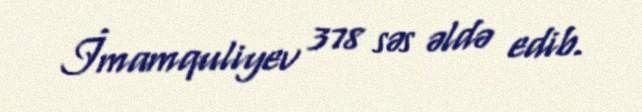
İmamquliyev 378 səs əldə edib.